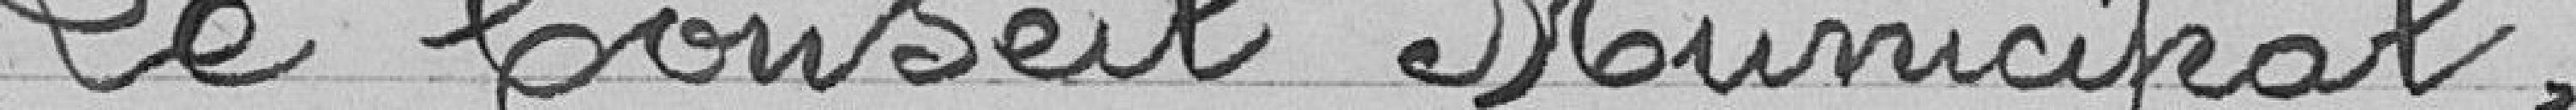
Le Conseil Municipal,